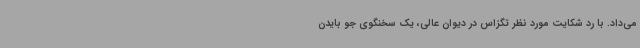
می‌داد. با رد شکایت مورد نظر تگزاس در دیوان عالی، یک سخنگوی جو بایدن